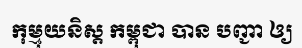
កុម្មុយនិស្ត កម្ពុជា បាន បញ្ជា ឲ្យ